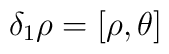
\delta_1 \rho = [\rho,\theta]